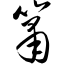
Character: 箫